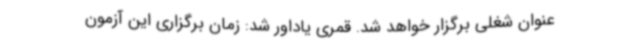
عنوان شغلی برگزار خواهد شد. قمری یاداور شد: زمان برگزاری این آزمون